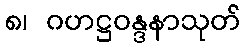
၈၊ ဂဟဋ္ဌဝန္ဒနာသုတ်